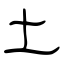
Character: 土